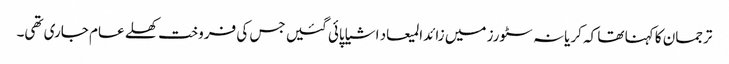
ترجمان کا کہنا تھا کہ کریانہ سٹورز میں زائدالمیعاد اشیا پائی گئیں جس کی فروخت کھلے عام جاری تھی۔